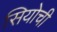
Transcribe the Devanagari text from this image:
सियोची